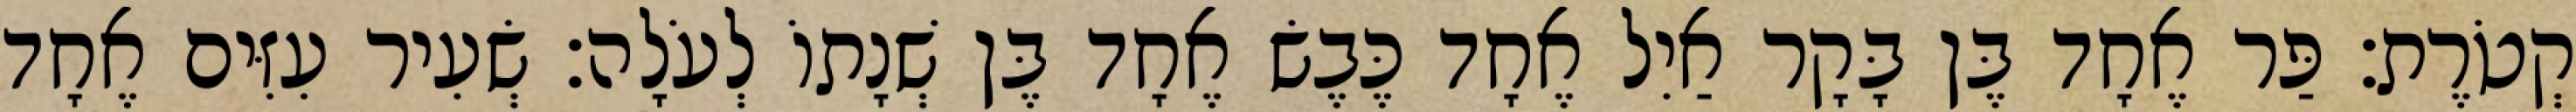
קְטֹרֶת׃ פַּר אֶחָד בֶּן בָּקָר אַיִל אֶחָד כֶּבֶשׂ אֶחָד בֶּן שְׁנָתוֹ לְעֹלָה׃ שְׂעִיר עִזִּים אֶחָד